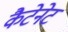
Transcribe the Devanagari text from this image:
कैटेनेट